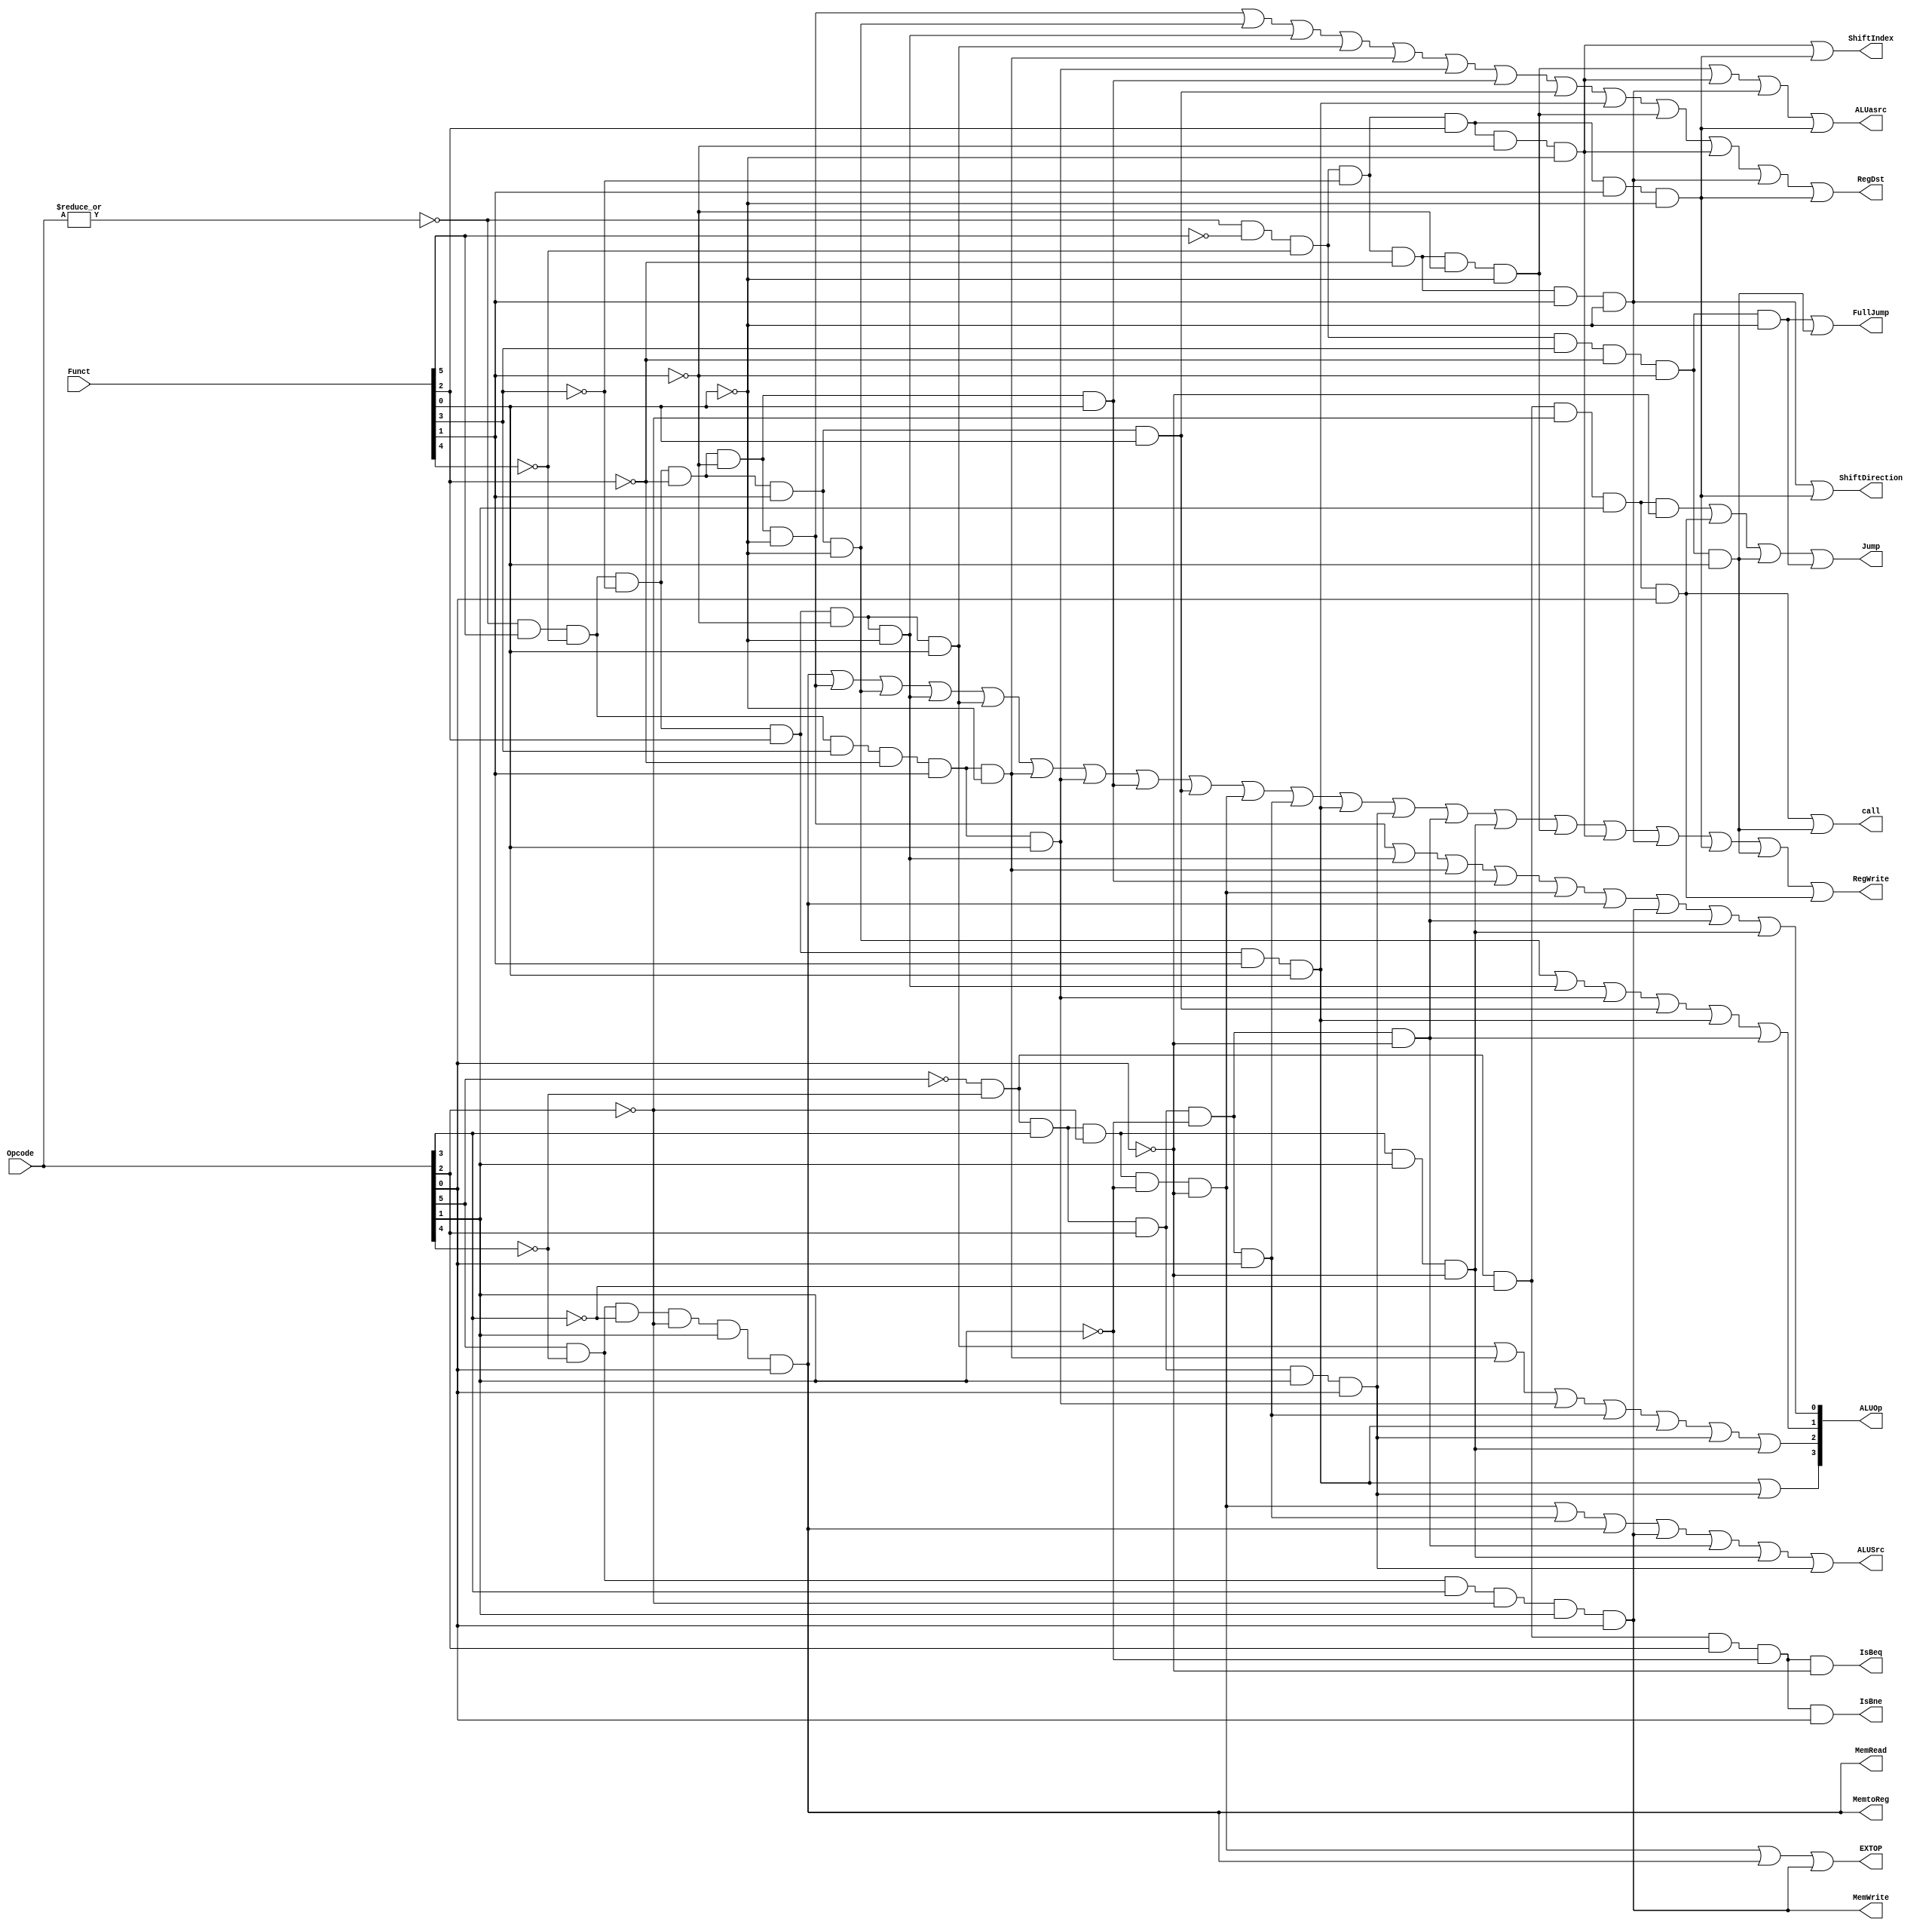
module Control(Opcode,Funct,RegDst,MemRead,MemtoReg,ALUOp,MemWrite,ALUSrc,RegWrite,EXTOP,ShiftIndex,ShiftDirection,ALUasrc,call,IsBeq,IsBne,Jump,FullJump);
	input [5:0] Opcode;    //	
	input [5:0] Funct;     //
	output RegDst;         // 20-160,15-111.
	output MemRead;        //
	output MemtoReg;       //
	output MemWrite;       //
	output RegWrite;       //
	output ALUSrc;         //B
	output EXTOP;          //00 1
	output [3:0] ALUOp;    //ALU
	output ShiftIndex;     // 0:Ins[10:6] 1:Ins[25:21]
	output ShiftDirection; // 1 2
	//output SArith;         // 1 0
	output ALUasrc;        //A 0 1
	output call;           //jal jalrcall1
	output IsBeq;
	output IsBne;
	output Jump;
	output FullJump;
	// output SpLoad;         //1 lh lb lhu lbu
	// output BorH;           //0 1
	// output SorU;           //1unsigned 0signed
	// output SpecialIn;      //0 1
	// output DMemBorH;	   //


	//
	wire r_type = ~|Opcode;
	
	//RFunctR
	wire i_add = r_type&Funct[5]&~Funct[4]&~Funct[3]&~Funct[2]&~Funct[1]&~Funct[0];
    wire i_sub = r_type&Funct[5]&~Funct[4]&~Funct[3]&~Funct[2]&Funct[1]&~Funct[0];
    wire i_and = r_type&Funct[5]&~Funct[4]&~Funct[3]&Funct[2]&~Funct[1]&~Funct[0];
    wire i_or = r_type&Funct[5]&~Funct[4]&~Funct[3]&Funct[2]&~Funct[1]&Funct[0];
	wire i_slt = r_type&Funct[5]&~Funct[4]&Funct[3]&~Funct[2]&Funct[1]&~Funct[0];
	wire i_sltu = r_type&Funct[5]&~Funct[4]&Funct[3]&~Funct[2]&Funct[1]&Funct[0];
	wire i_addu = r_type&Funct[5]&~Funct[4]&~Funct[3]&~Funct[2]&~Funct[1]&Funct[0];
	wire i_subu = r_type&Funct[5]&~Funct[4]&~Funct[3]&~Funct[2]&Funct[1]&Funct[0];	
	//wire i_xor = r_type&Funct[5]&~Funct[4]&~Funct[3]&Funct[2]&Funct[1]&~Funct[0];
    wire i_sll = r_type&~Funct[5]&~Funct[4]&~Funct[3]&~Funct[2]&~Funct[1]&~Funct[0];
	wire i_sllv = r_type&~Funct[5]&~Funct[4]&~Funct[3]&Funct[2]&~Funct[1]&~Funct[0];
	wire i_nor = r_type&Funct[5]&~Funct[4]&~Funct[3]&Funct[2]&Funct[1]&Funct[0];
    wire i_srl = r_type&~Funct[5]&~Funct[4]&~Funct[3]&~Funct[2]&Funct[1]&~Funct[0];
	wire i_srlv = r_type&~Funct[5]&~Funct[4]&~Funct[3]&Funct[2]&Funct[1]&~Funct[0];
    //wire i_sra = r_type&~Funct[5]&~Funct[4]&~Funct[3]&~Funct[2]&Funct[1]&Funct[0];
    wire i_jr = r_type&~Funct[5]&~Funct[4]&Funct[3]&~Funct[2]&~Funct[1]&~Funct[0];
	wire i_jalr = r_type&~Funct[5]&~Funct[4]&Funct[3]&~Funct[2]&~Funct[1]&Funct[0];
	//wire i_srav = r_type&~Funct[5]&~Funct[4]&~Funct[3]&Funct[2]&Funct[1]&Funct[0];
	
	
	//ROpcode
	wire i_addi = ~Opcode[5]&~Opcode[4]&Opcode[3]&~Opcode[2]&~Opcode[1]&~Opcode[0];
    wire i_ori = ~Opcode[5]&~Opcode[4]&Opcode[3]&Opcode[2]&~Opcode[1]&Opcode[0];
    wire i_lw = Opcode[5]&~Opcode[4]&~Opcode[3]&~Opcode[2]&Opcode[1]&Opcode[0];
    wire i_sw = Opcode[5]&~Opcode[4]&Opcode[3]&~Opcode[2]&Opcode[1]&Opcode[0];
    wire i_beq = ~Opcode[5]&~Opcode[4]&~Opcode[3]&Opcode[2]&~Opcode[1]&~Opcode[0];
    wire i_j = ~Opcode[5]&~Opcode[4]&~Opcode[3]&~Opcode[2]&Opcode[1]&~Opcode[0];	
	wire i_jal = ~Opcode[5]&~Opcode[4]&~Opcode[3]&~Opcode[2]&Opcode[1]&Opcode[0];
	wire i_bne = ~Opcode[5]&~Opcode[4]&~Opcode[3]&Opcode[2]&~Opcode[1]&Opcode[0];
    wire i_lui = ~Opcode[5]&~Opcode[4]&Opcode[3]&Opcode[2]&Opcode[1]&Opcode[0];
	wire i_andi = ~Opcode[5]&~Opcode[4]&Opcode[3]&Opcode[2]&~Opcode[1]&~Opcode[0];
	wire i_slti = ~Opcode[5]&~Opcode[4]&Opcode[3]&~Opcode[2]&Opcode[1]&~Opcode[0];
	//wire i_lb = Opcode[5]&~Opcode[4]&~Opcode[3]&~Opcode[2]&~Opcode[1]&~Opcode[0];
	//wire i_lbu = Opcode[5]&~Opcode[4]&~Opcode[3]&Opcode[2]&~Opcode[1]&~Opcode[0];
	//wire i_lh = Opcode[5]&~Opcode[4]&~Opcode[3]&~Opcode[2]&~Opcode[1]&Opcode[0];
	//wire i_lhu = Opcode[5]&~Opcode[4]&~Opcode[3]&Opcode[2]&~Opcode[1]&Opcode[0]; 
	//wire i_sb = Opcode[5]&~Opcode[4]&Opcode[3]&~Opcode[2]&~Opcode[1]&~Opcode[0];
	//wire i_sh = Opcode[5]&~Opcode[4]&Opcode[3]&~Opcode[2]&~Opcode[1]&Opcode[0];
	
	
	assign call = i_jal|i_jalr;
	assign RegDst = i_add|i_sub|i_and|i_or|i_slt|i_sltu|i_addu|i_subu|i_nor|i_sll|i_sllv|i_srl|i_srlv;
	assign MemRead = i_lw;
	assign MemtoReg = i_lw;
	assign MemWrite = i_sw;
	assign RegWrite = i_lw|i_add|i_sub|i_and|i_or|i_slt|i_sltu|i_addu|i_subu|i_addi|i_ori|i_nor|i_lui|i_andi|i_slti|i_sll|i_sllv|i_srl|i_srlv|i_jalr|i_jal;
	assign ALUSrc = i_addi|i_ori|i_lw|i_sw|i_andi|i_slti|i_lui;
	assign ALUOp[3] = i_nor|i_lui;
	assign ALUOp[2] = i_or|i_slt|i_sltu|i_ori|i_nor|i_lui|i_slti;
	assign ALUOp[1] = i_sub|i_and|i_sltu|i_subu|i_nor|i_andi;
	assign ALUOp[0] = i_add|i_and|i_slt|i_addu|i_addi|i_lw|i_sw|i_andi|i_slti;
	assign EXTOP = i_addi|i_lw|i_sw;
	assign ShiftIndex = i_sllv|i_srlv;
	assign ShiftDirection = i_srl|i_srlv; 
	assign ALUasrc = i_sll|i_sllv|i_srl|i_srlv; 
	assign IsBeq = i_beq;
	assign IsBne = i_bne;
	assign Jump = i_j|i_jal|i_jalr|i_jr;
	assign FullJump = i_jr|i_jalr;	//bug:jalr
	

	
endmodule